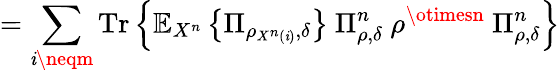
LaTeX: =\sum_{\mathit{i}\neqm}{\mathrm{{Tr}}}\left\{ \mathbb{{E}}_{X^{n}}\left\{ \Pi_{\rho_{X^{n}\left(\mathit{i}\right)},\delta}\right\} \ \Pi_{\rho,\delta}^{n}\ \rho^{\otimesn}\ \Pi_{\rho,\delta}^{n}\right\}